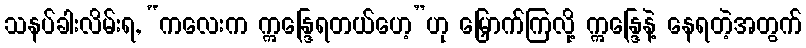
သနပ်ခါးလိမ်းရ, “ကလေးက ဣန္ဒြေရတယ်ဟေ့”ဟု မြှောက်ကြလို့ ဣန္ဒြေနဲ့ နေရတဲ့အတွက်